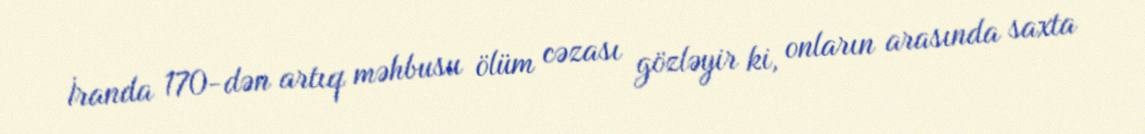
İranda 170-dən artıq məhbusu ölüm cəzası gözləyir ki, onların arasında saxta